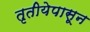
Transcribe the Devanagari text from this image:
तृतीयेपासून